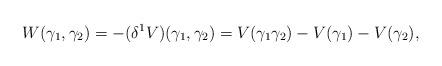
LaTeX: \begin{align*}W(\gamma_1, \gamma_2) = -(\delta^1 V) (\gamma_1, \gamma_2) = V(\gamma_1 \gamma_2) - V(\gamma_1) - V(\gamma_2), \end{align*}